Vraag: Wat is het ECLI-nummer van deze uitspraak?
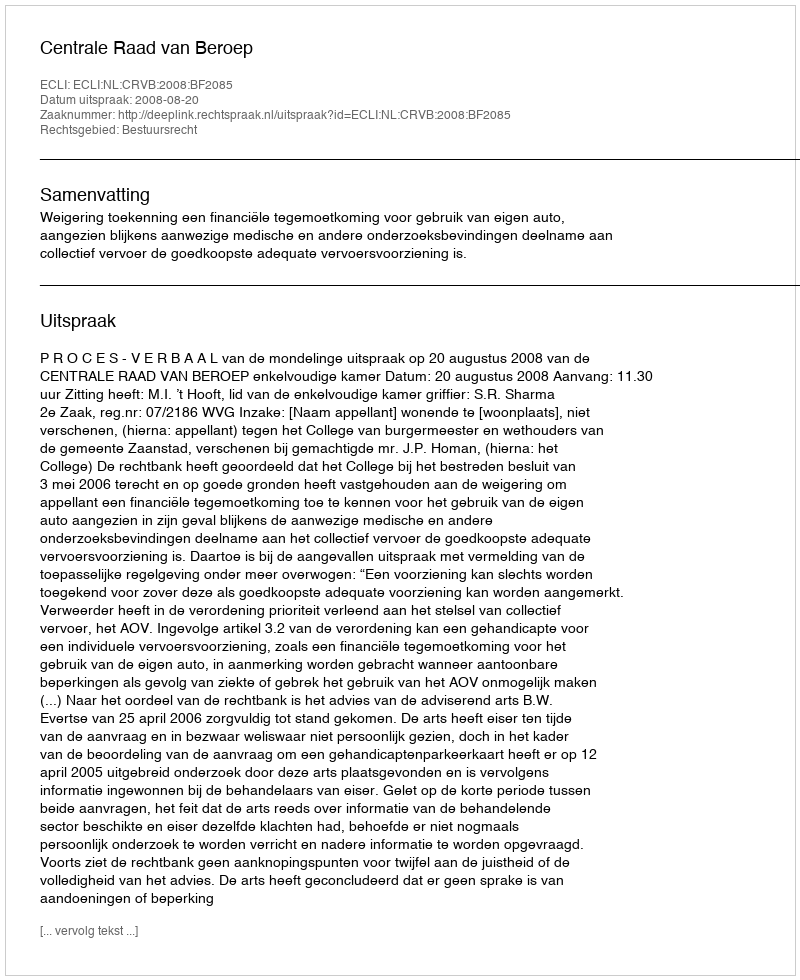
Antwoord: ECLI:NL:CRVB:2008:BF2085